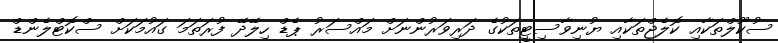
ސުކޫލްތަކާއި ކޮލެޖްތަކާއި ޔުނިވާސިޓީތަކުގެ ދަރިވަރުންނަށް މައްސަރު ޕެޑް ހިލޭދޭ ފުރަތަމަ ގައުމަކަށް ސްކޮޓްލެންޑް